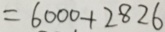
= 6 0 0 0 + 2 8 2 6